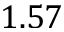
1 . 5 7